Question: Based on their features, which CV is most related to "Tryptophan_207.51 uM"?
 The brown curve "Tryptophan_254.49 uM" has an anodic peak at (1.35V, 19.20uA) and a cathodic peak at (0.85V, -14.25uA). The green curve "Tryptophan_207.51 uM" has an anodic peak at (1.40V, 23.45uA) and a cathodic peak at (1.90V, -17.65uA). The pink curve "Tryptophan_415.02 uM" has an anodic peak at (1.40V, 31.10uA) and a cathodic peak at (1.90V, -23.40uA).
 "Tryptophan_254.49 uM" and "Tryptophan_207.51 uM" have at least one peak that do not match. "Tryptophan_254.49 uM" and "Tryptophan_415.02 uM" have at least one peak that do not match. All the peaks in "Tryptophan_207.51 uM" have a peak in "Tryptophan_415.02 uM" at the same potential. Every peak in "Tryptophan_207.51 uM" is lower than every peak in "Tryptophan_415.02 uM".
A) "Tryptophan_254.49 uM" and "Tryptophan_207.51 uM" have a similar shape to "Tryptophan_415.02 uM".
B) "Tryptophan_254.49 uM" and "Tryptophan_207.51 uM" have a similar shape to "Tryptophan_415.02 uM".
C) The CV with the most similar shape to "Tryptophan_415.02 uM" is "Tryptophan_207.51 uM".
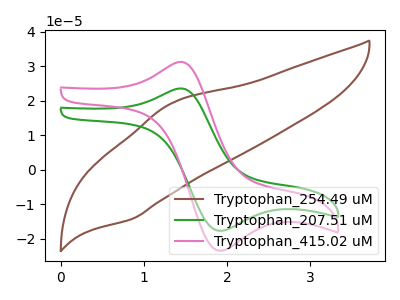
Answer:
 <answer>C) The CV with the most similar shape to "Tryptophan_415.02 uM" is "Tryptophan_207.51 uM".</answer>
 <eval>C</eval>